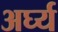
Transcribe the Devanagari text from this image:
अर्घ्य